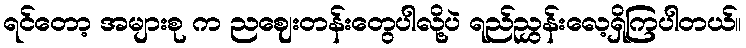
ရင်တော့ အများစု က ညဈေးတန်းတွေပါလို့ပဲ ရည်ညွှန်းလေ့ရှိကြပါတယ်။